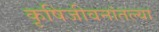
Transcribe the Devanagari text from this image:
कृषिजीवनांतल्या